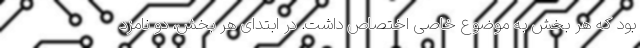
بود که هر بخش به موضوع خاصی اختصاص داشت. در ابتدای هر بخش، دو نامزد